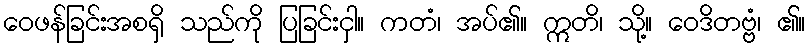
ဝေဖန်ခြင်းအစရှိ သည်ကို ပြခြင်းငှါ။ ကတံ၊ အပ်၏။ ဣတိ၊ သို့။ ဝေဒိတဗ္ဗံ၊ ၏။